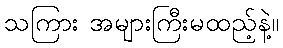
သကြား အများကြီးမထည့်နဲ့။